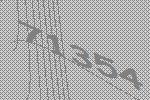
71354